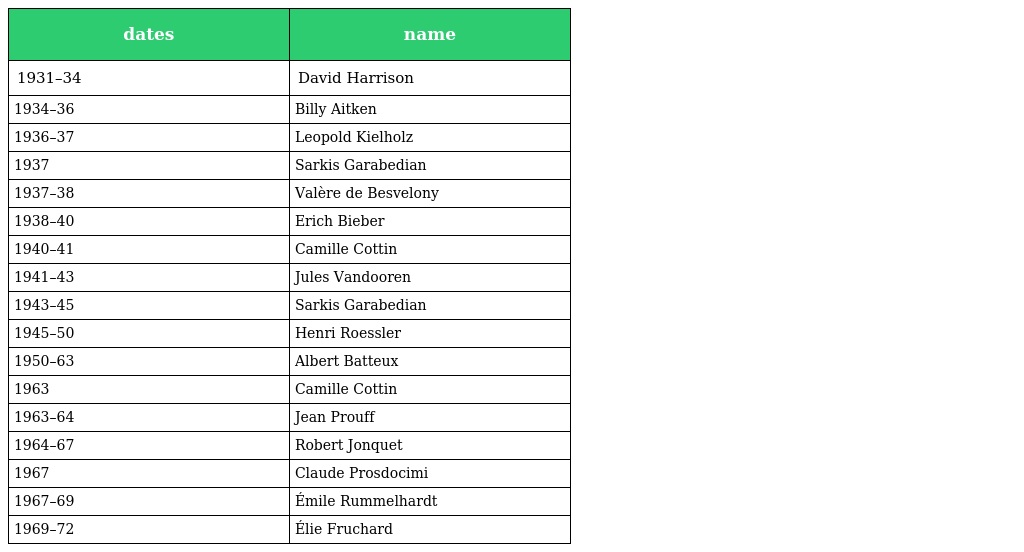
| dates | name |
 | --- | --- |
 | 1931–34 | David Harrison |
 | 1934–36 | Billy Aitken |
 | 1936–37 | Leopold Kielholz |
 | 1937 | Sarkis Garabedian |
 | 1937–38 | Valère de Besvelony |
 | 1938–40 | Erich Bieber |
 | 1940–41 | Camille Cottin |
 | 1941–43 | Jules Vandooren |
 | 1943–45 | Sarkis Garabedian |
 | 1945–50 | Henri Roessler |
 | 1950–63 | Albert Batteux |
 | 1963 | Camille Cottin |
 | 1963–64 | Jean Prouff |
 | 1964–67 | Robert Jonquet |
 | 1967 | Claude Prosdocimi |
 | 1967–69 | Émile Rummelhardt |
 | 1969–72 | Élie Fruchard |